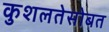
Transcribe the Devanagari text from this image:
कुशलतेसोबत